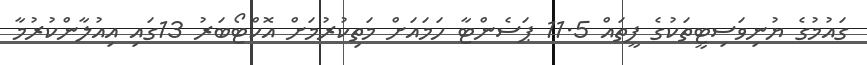
ގައުމުގެ ޔުނިވަސިޓީތަކުގެ ފީތައް 11.5 ޕަސެންޓާ ހަމައަށް މަތިކުރުމަށް އޮކްޓޯބަރު 13ގައި އިއުލާންކުރުމާ